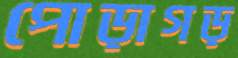
পোড়াগড়